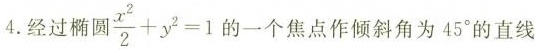
4经过椭圆$$\frac { x ^ { 2 } } { 2 } + y ^ { 2 } = 1$$ 一个焦点作倾斜角为45°的直线